Scientific memoirs by medical officers of the Army of India - Part VIII,
Year: 1894
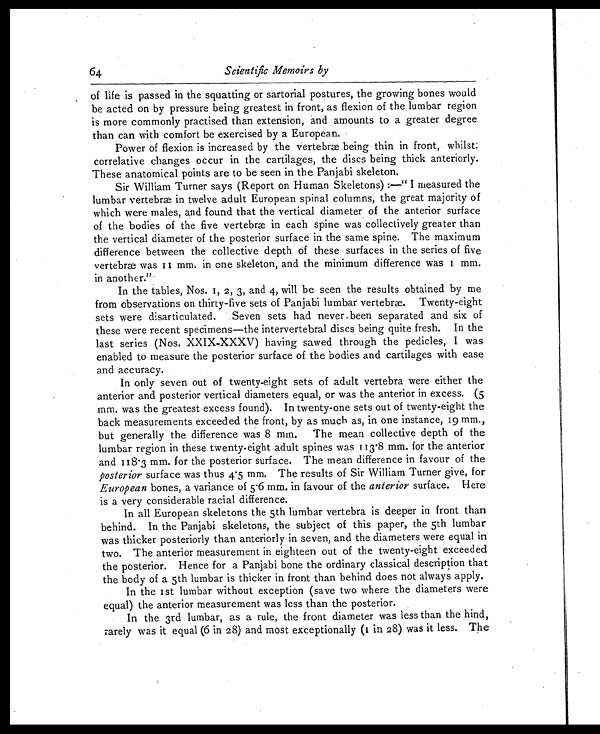
64
Scientific Memoirs by
of life is passed in the squatting or sartorial postures, the growing bones would
be acted on by pressure being greatest in front, as flexion of the lumbar region
is more commonly practised than extension, and amounts to a greater degree
than can with comfort be exercised by a European.
Power of flexion is increased by the vertebræ being thin in front, whilst
correlative changes occur in the cartilages, the discs being thick anteriorly.
These anatomical points are to be seen in the Panjabi skeleton.
Sir William Turner says (Report on Human Skeletons) :—" I measured the
lumbar vertebræ in twelve adult European spinal columns, the great majority of
which were males, and found that the vertical diameter of the anterior surface
of the bodies of the five vertebræ in each spine was collectively greater than
the vertical diameter of the posterior surface in the same spine. The maximum
difference between the collective depth of these surfaces in the series of five
vertebræ was 11 mm. in one skeleton, and the minimum difference was 1 mm.
in another."
In the tables, Nos. 1, 2, 3, and 4, will be seen the results obtained by me
from observations on thirty-five sets of Panjabi lumbar vertebræ. Twenty-eight
sets were disarticulated. Seven sets had never been separated and six of
these were recent specimens—the intervertebral discs being quite fresh. In the
last series (Nos. XXIX-XXXV) having sawed through the pedicles, I was
enabled to measure the posterior surface of the bodies and cartilages with ease
and accuracy.
In only seven out of twenty-eight sets of adult vertebra were either the
anterior and posterior vertical diameters equal, or was the anterior in excess. (5
mm. was the greatest excess found). In twenty-one sets out of twenty-eight the
back measurements exceeded the front, by as much as, in one instance, 19 mm.,
but generally the difference was 8 mm. The mean collective depth of the
lumbar region in these twenty-eight adult spines was 113.8 mm. for the anterior
and 118.3 mm. for the posterior surface. The mean difference in favour of the
posterior surface was thus 4.5 mm. The results of Sir William Turner give, for
European bones, a variance of 5.6 mm. in favour of the anterior surface. Here
is a very considerable racial difference.
In all European skeletons the 5th lumbar vertebra is deeper in front than
behind. In the Panjabi skeletons, the subject of this paper, the 5th lumbar
was thicker posteriorly than anteriorly in seven, and the diameters were equal in
two. The anterior measurement in eighteen out of the twenty-eight exceeded
the posterior. Hence for a Panjabi bone the ordinary classical description that
the body of a 5th lumbar is thicker in front than behind does not always apply.
In the 1st lumbar without exception (save two where the diameters were
equal) the anterior measurement was less than the posterior.
In the 3rd lumbar, as a rule, the front diameter was less than the hind,
rarely was it equal (6 in 28) and most exceptionally (1 in 28) was it less. The